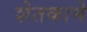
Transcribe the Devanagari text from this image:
शेतकामे